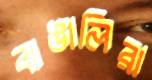
বাঙালিরা